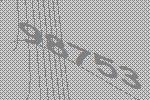
98753